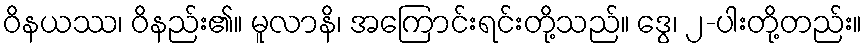
ဝိနယဿ၊ ဝိနည်း၏။ မူလာနိ၊ အကြောင်းရင်းတို့သည်။ ဒွေ၊ ၂-ပါးတို့တည်း။